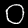
Label: 0